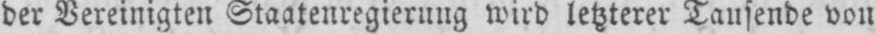
der Vereinigten Staatenregierung wird letzterer Tausende von